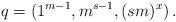
LaTeX: \begin{align*}q=(1^{m-1},m^{s-1},(sm)^x) \, .\end{align*}